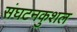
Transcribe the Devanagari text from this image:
संघटनकुशल